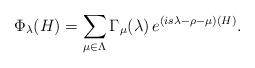
LaTeX: \begin{align*}\Phi_\lambda(H)=\sum_{\mu\in\Lambda} \Gamma_\mu(\lambda)\,e^{(is\lambda-\rho-\mu)(H)}.\end{align*}